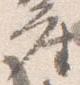
座